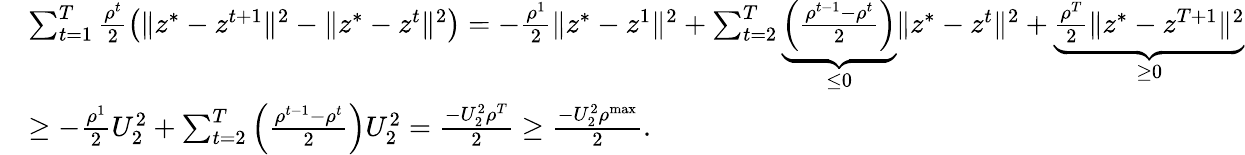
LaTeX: \begin{array}{rl}&{\sum_{t=1}^{T}\frac{\rho^{t}}{2}\big(\| z^{*}-z^{t+1}\| ^{2}-\| z^{*}-z^{t}\| ^{2}\big)=-\frac{\rho^{1}}{2}\| z^{*}-z^{1}\| ^{2}+\sum_{t=2}^{T}\underbrace{\Big(\frac{\rho^{t-1}-\rho^{t}}{2}\Big)}_{\leq 0}\| z^{*}-z^{t}\| ^{2}+\underbrace{\frac{\rho^{T}}{2}\| z^{*}-z^{T+1}\| ^{2}}_{\geq 0}}\\ &{\geq-\frac{\rho^{1}}{2}U_{2}^{2}+\sum_{t=2}^{T}\Big(\frac{\rho^{t-1}-\rho^{t}}{2}\Big)U_{2}^{2}=\frac{-U_{2}^{2}\rho^{T}}{2}\geq\frac{-U_{2}^{2}\rho^{\mathrm{max}}}{2}.}\end{array}